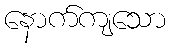
နောက်ကျသော